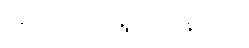
အဘယ်သို့ ရွတ်သနည်း။)